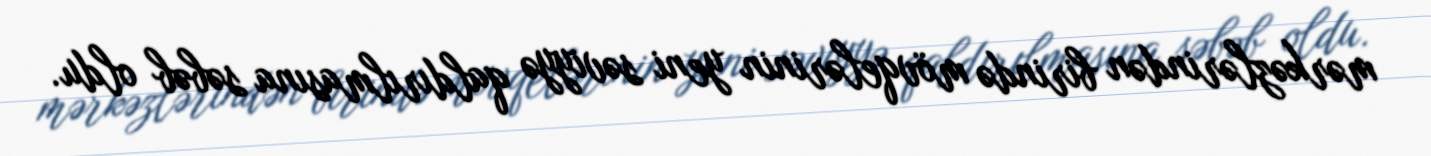
mərkəzlərindən birində mövqelərinin yeni səviyyə qaldırılmasına səbəb oldu.